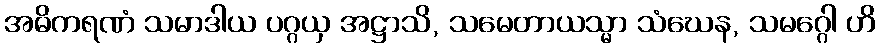
အဓိကရဏံ သမာဒါယ ပဂ္ဂယှ အဋ္ဌာသိ, သမေတာယသ္မာ သံဃေန, သမဂ္ဂေါ ဟိ